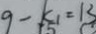
9 - k _ { 1 } = 1 3